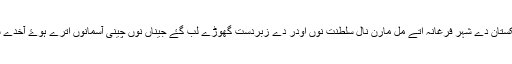
ازبکستان دے شہر فرغانہ اتے مل مارن نال سلطنت نوں اودر دے زبردست گھوڑے لب گۓ جیناں نوں چینی آسمانوں اترے ہوۓ آخدے سن۔